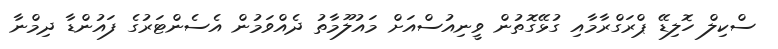
ސްކިލް ހޮލިޑޭ ޕްރަގްރާމާއި ގުޅޭގޮތުން ވީނިއުސްއަށް މައުލޫމާތު ދެއްވަމުން އެސެންޓަރުގެ ފައުންޑާ ދިމްނާ